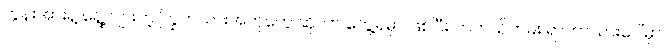
တွန်းအားနဲ့ ရွေ့လျားတဲ့ ကြွက်သားအတုတွေ ဆိုတာ တွေ့ရမှာ ဖြစ်ပြီး တကယ်တမ်း ရာဘာသားပေါ်မှာ